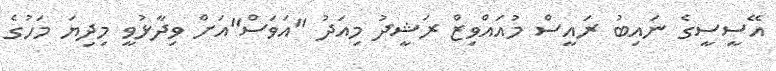
އޭސީސީގެ ނައިބު ރައީސް މުއައްވިޒް ރަޝީދު މިއަދު "އަވަސް"އަށް ވިދާޅުވީ މިދިޔަ މަހުގެ